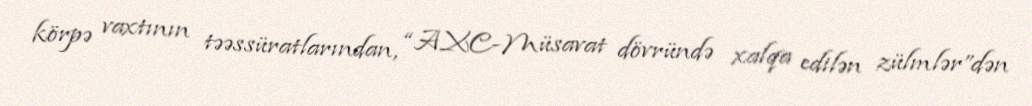
körpə vaxtının təəssüratlarından, “AXC-Müsavat dövründə xalqa edilən zülmlər”dən